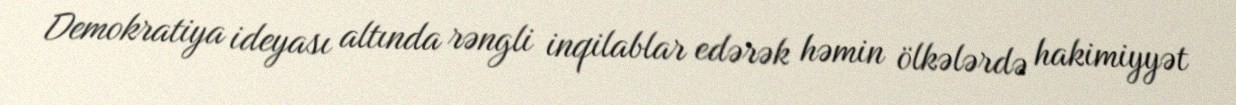
Demokratiya ideyası altında rəngli inqilablar edərək həmin ölkələrdə hakimiyyət